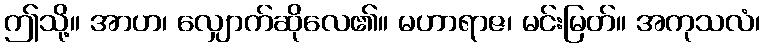
ဤသို့။ အာဟ၊ လျှောက်ဆိုလေ၏။ မဟာရာဇ၊ မင်းမြတ်။ အကုသလံ၊